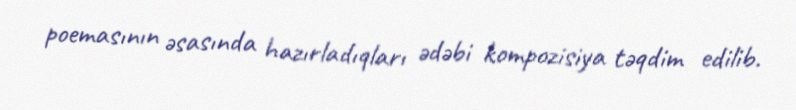
poemasının əsasında hazırladıqları ədəbi kompozisiya təqdim edilib.